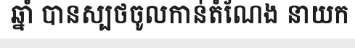
ឆ្នាំ បានស្បថចូលកាន់តំណែង នាយក